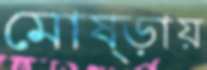
মোষ্‌ড়ায়